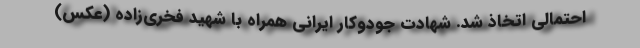
احتمالی اتخاذ شد. شهادت جودوکار ایرانی همراه با شهید فخری‌زاده (عکس)